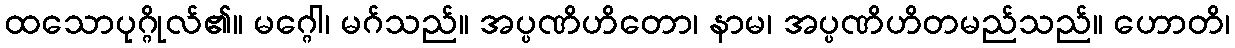
ထသောပုဂ္ဂိုလ်၏။ မဂ္ဂေါ၊ မဂ်သည်။ အပ္ပဏိဟိတော၊ နာမ၊ အပ္ပဏိဟိတမည်သည်။ ဟောတိ၊